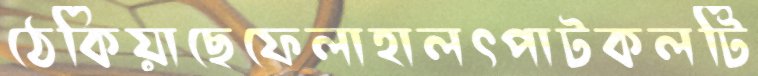
ঠেকিয়াছেফেলাহালৎপাটকলটি